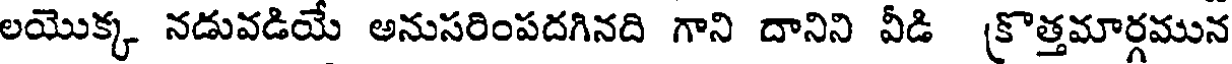
లయొక్క నడువడియే అనుసరింపదగినది గాని దానిని వీడి (కొత్తమార్గమున